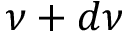
\nu + d \nu